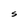
Character: s